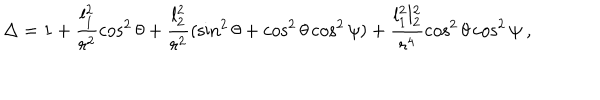
LaTeX: \Delta = 1 + \frac { l _ { 1 } ^ { 2 } } { r ^ { 2 } } \cos ^ { 2 } \theta + \frac { l _ { 2 } ^ { 2 } } { r ^ { 2 } } ( \sin ^ { 2 } \theta + \cos ^ { 2 } \theta \cos ^ { 2 } \psi ) + \frac { l _ { 1 } ^ { 2 } l _ { 2 } ^ { 2 } } { r ^ { 4 } } \cos ^ { 2 } \theta \cos ^ { 2 } \psi \ ,